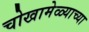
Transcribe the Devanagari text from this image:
चोखामेळ्याच्या